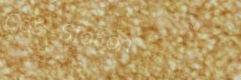
Gas Station